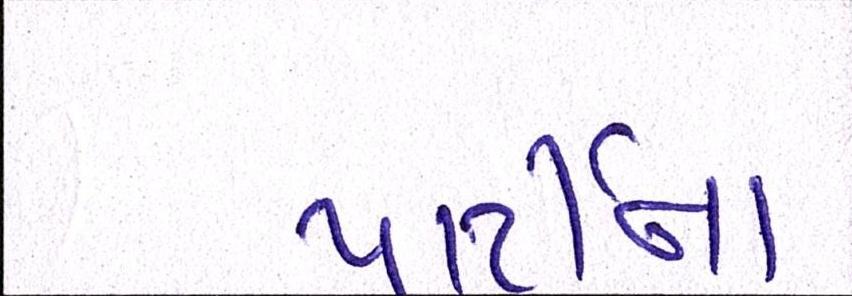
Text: પાર્ટીનાં